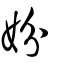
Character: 妢